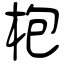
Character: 枹